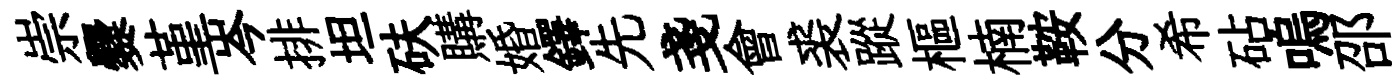
崇爨堇岑排坦砆購婚鐸先戔會裘蹤樞楠鞍分希砧嗚邵